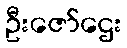
ဦးဇော်ဌေး